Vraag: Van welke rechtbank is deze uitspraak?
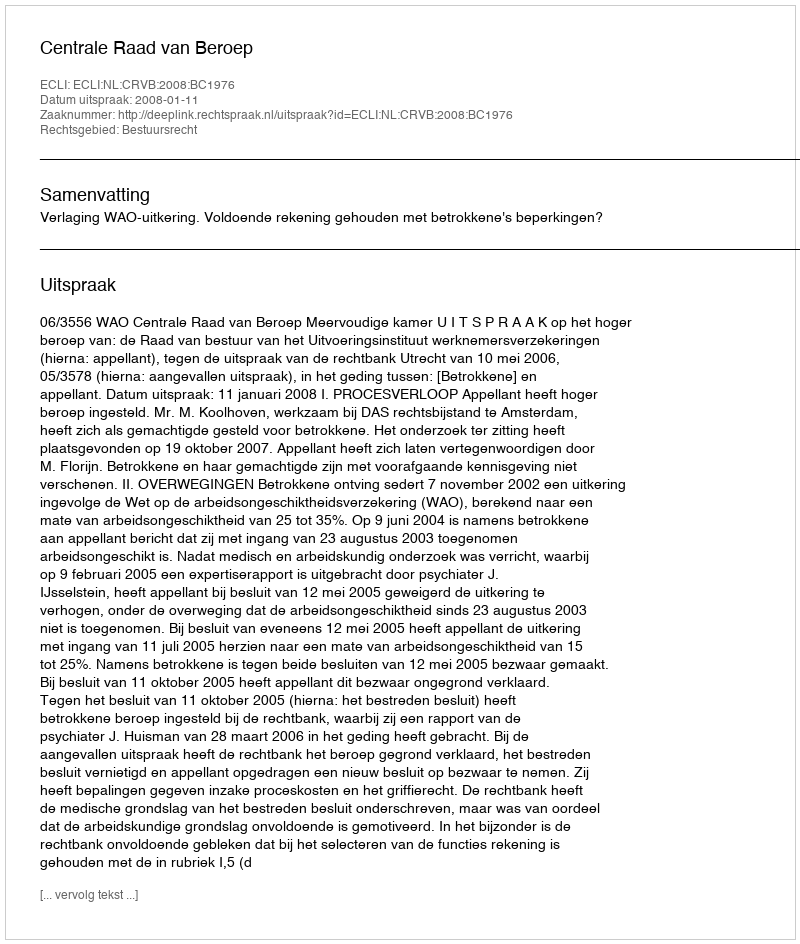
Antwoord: Centrale Raad van Beroep